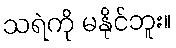
သရဲကို မနိုင်ဘူး။